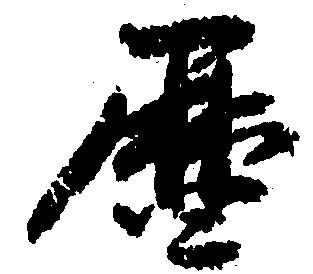
暦